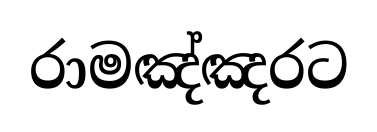
රාමඤ්ඤරට